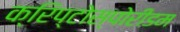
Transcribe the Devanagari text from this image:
क्रिप्टोस्पोरीडम